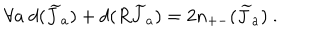
\forall a ~ d ( { \widetilde J } _ { a } ) + d ( R { \widetilde J } _ { a } ) = 2 n _ { + - } ( { \widetilde J } _ { a } ) ~ .